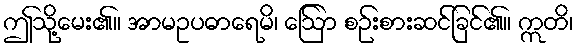
ဤသို့မေး၏။ အာမဥပဓာရေမိ၊ ဩော် စဉ်းစားဆင်ခြင်၏။ ဣတိ၊